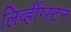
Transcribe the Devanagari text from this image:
लिव्हींग्स्टन